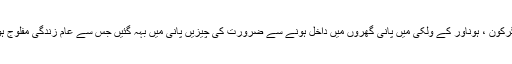
انکولہ کے اگرکون ، ہوناور کے ولکی میں پانی گھروں میں داخل ہونے سے ضرورت کی چیزیں پانی میں بہہ گئیں جس سے عام زندگی مفلوج ہوکر رہ گئی ۔